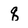
Character: q